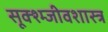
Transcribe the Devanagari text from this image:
सूक्श्म्जीवशास्त्र